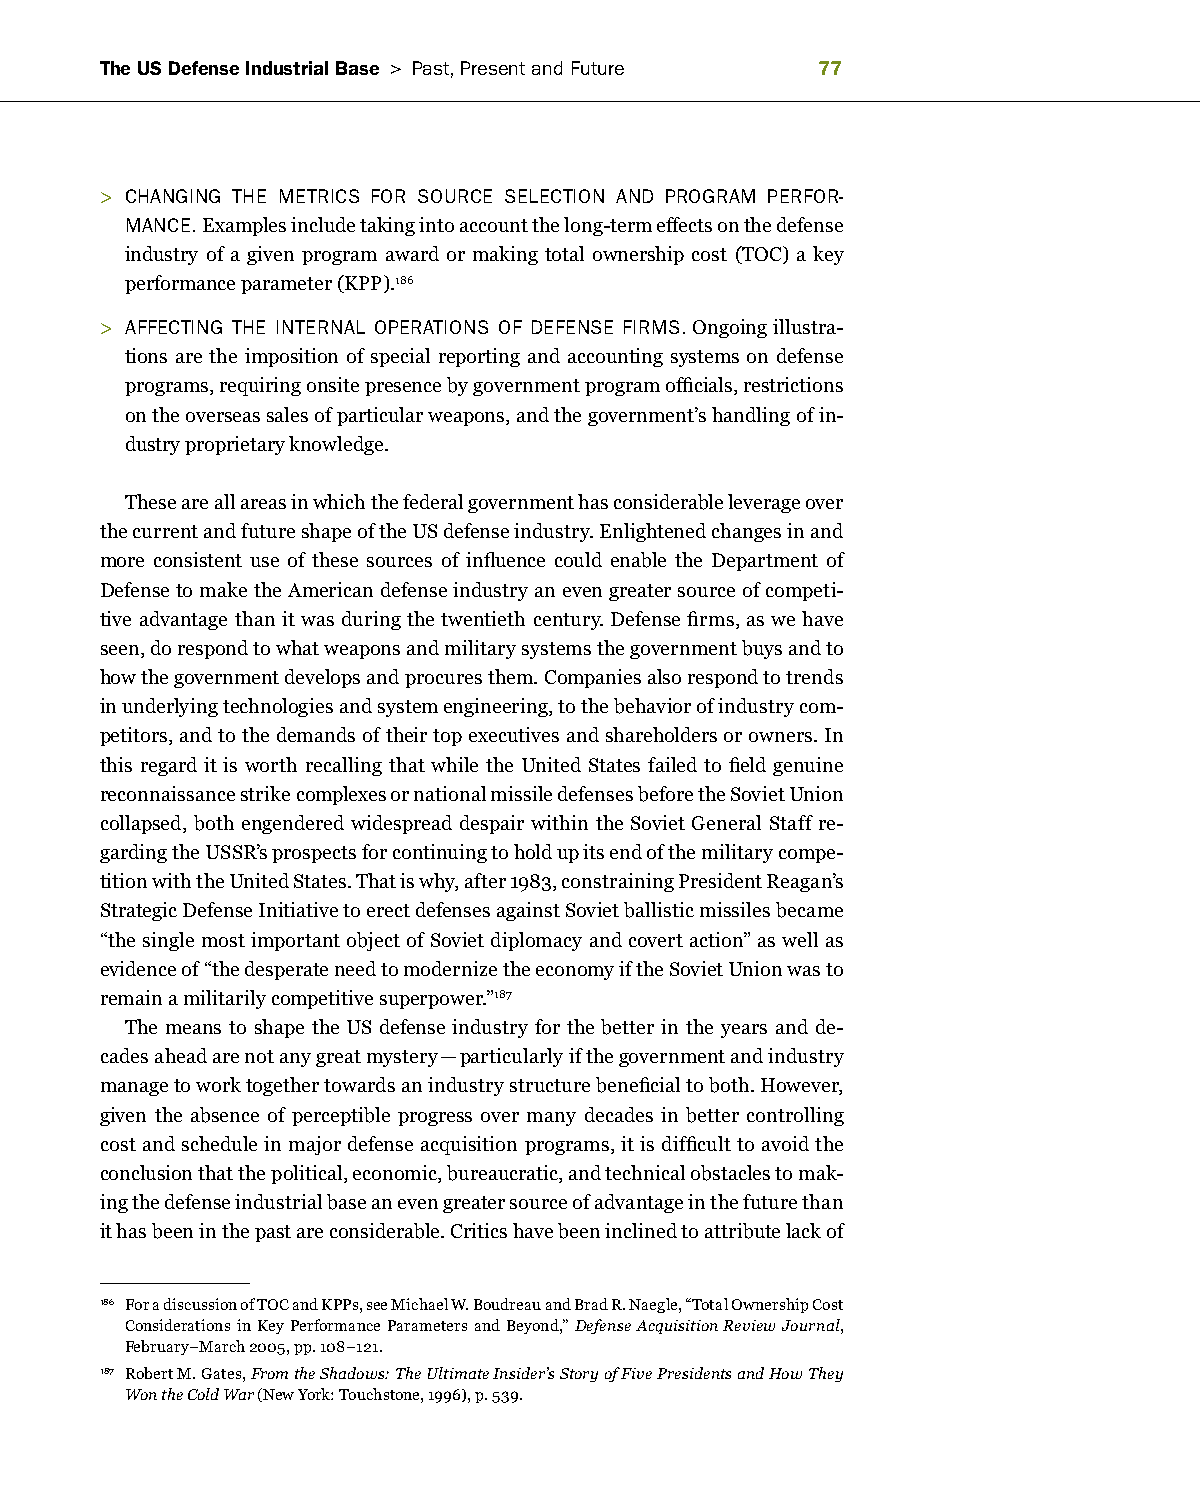
The US Defense Industrial Base > Past, Present and future 
 > Changing the MetriCS for SourCe SeLeCtion anD PrograM Perfor-
 ManCe. Examples include taking into account the long-term effects on the defense
 industry of a given program award or making total ownership cost (TOC) a key
 performance parameter (KPP).186
 > affeCting the internaL oPerationS of DefenSe firMS. Ongoing illustra-
 tions are the imposition of special reporting and accounting systems on defense
 programs, requiring onsite presence by government program officials, restrictions
 on the overseas sales of particular weapons, and the government’s handling of in-
 dustry proprietary knowledge.
 These are all areas in which the federal government has considerable leverage over
 the current and future shape of the US defense industry. Enlightened changes in and
 more consistent use of these sources of influence could enable the Department of
 Defense to make the American defense industry an even greater source of competi-
 tive advantage than it was during the twentieth century. Defense firms, as we have
 seen, do respond to what weapons and military systems the government buys and to
 how the government develops and procures them. Companies also respond to trends
 in underlying technologies and system engineering, to the behavior of industry com-
 petitors, and to the demands of their top executives and shareholders or owners. In
 this regard it is worth recalling that while the United States failed to field genuine
 reconnaissance strike complexes or national missile defenses before the Soviet Union
 collapsed, both engendered widespread despair within the Soviet General Staff re-
 garding the USSR’s prospects for continuing to hold up its end of the military compe-
 tition with the United States. That is why, after 1983, constraining President Reagan’s
 Strategic Defense Initiative to erect defenses against Soviet ballistic missiles became
 “the single most important object of Soviet diplomacy and covert action” as well as
 evidence of “the desperate need to modernize the economy if the Soviet Union was to
 remain a militarily competitive superpower.”187
 The means to shape the US defense industry for the better in the years and de-
 cades ahead are not any great mystery — particularly if the government and industry
 manage to work together towards an industry structure beneficial to both. However,
 given the absence of perceptible progress over many decades in better controlling
 cost and schedule in major defense acquisition programs, it is difficult to avoid the
 conclusion that the political, economic, bureaucratic, and technical obstacles to mak-
 ing the defense industrial base an even greater source of advantage in the future than
 it has been in the past are considerable. Critics have been inclined to attribute lack of
 186 For a discussion of TOC and KPPs, see Michael W. Boudreau and Brad R. Naegle, “Total Ownership Cost
 Considerations in Key Performance Parameters and Beyond,” Defense Acquisition Review Journal,
 February–March 2005, pp. 108–121.
 187 Robert M. Gates, From the Shadows: The Ultimate Insider’s Story of Five Presidents and How They
 Won the Cold War (New York: Touchstone, 1996), p. 539.